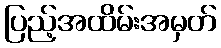
ပြည့်အထိမ်းအမှတ်